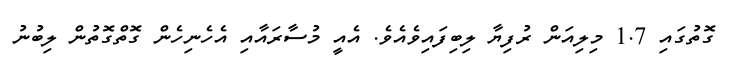
ގޮތުގައި 1.7 މިލިއަން ރުފިޔާ ލިބިފައިވެއެވެ. އެއީ މުސާރައާއި އެހެނިހެން ގޮތްގޮތުން ލިބުނު